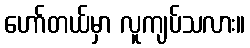
ဟော်တယ်မှာ လူကျပ်သလား။